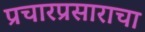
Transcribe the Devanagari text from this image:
प्रचारप्रसाराचा